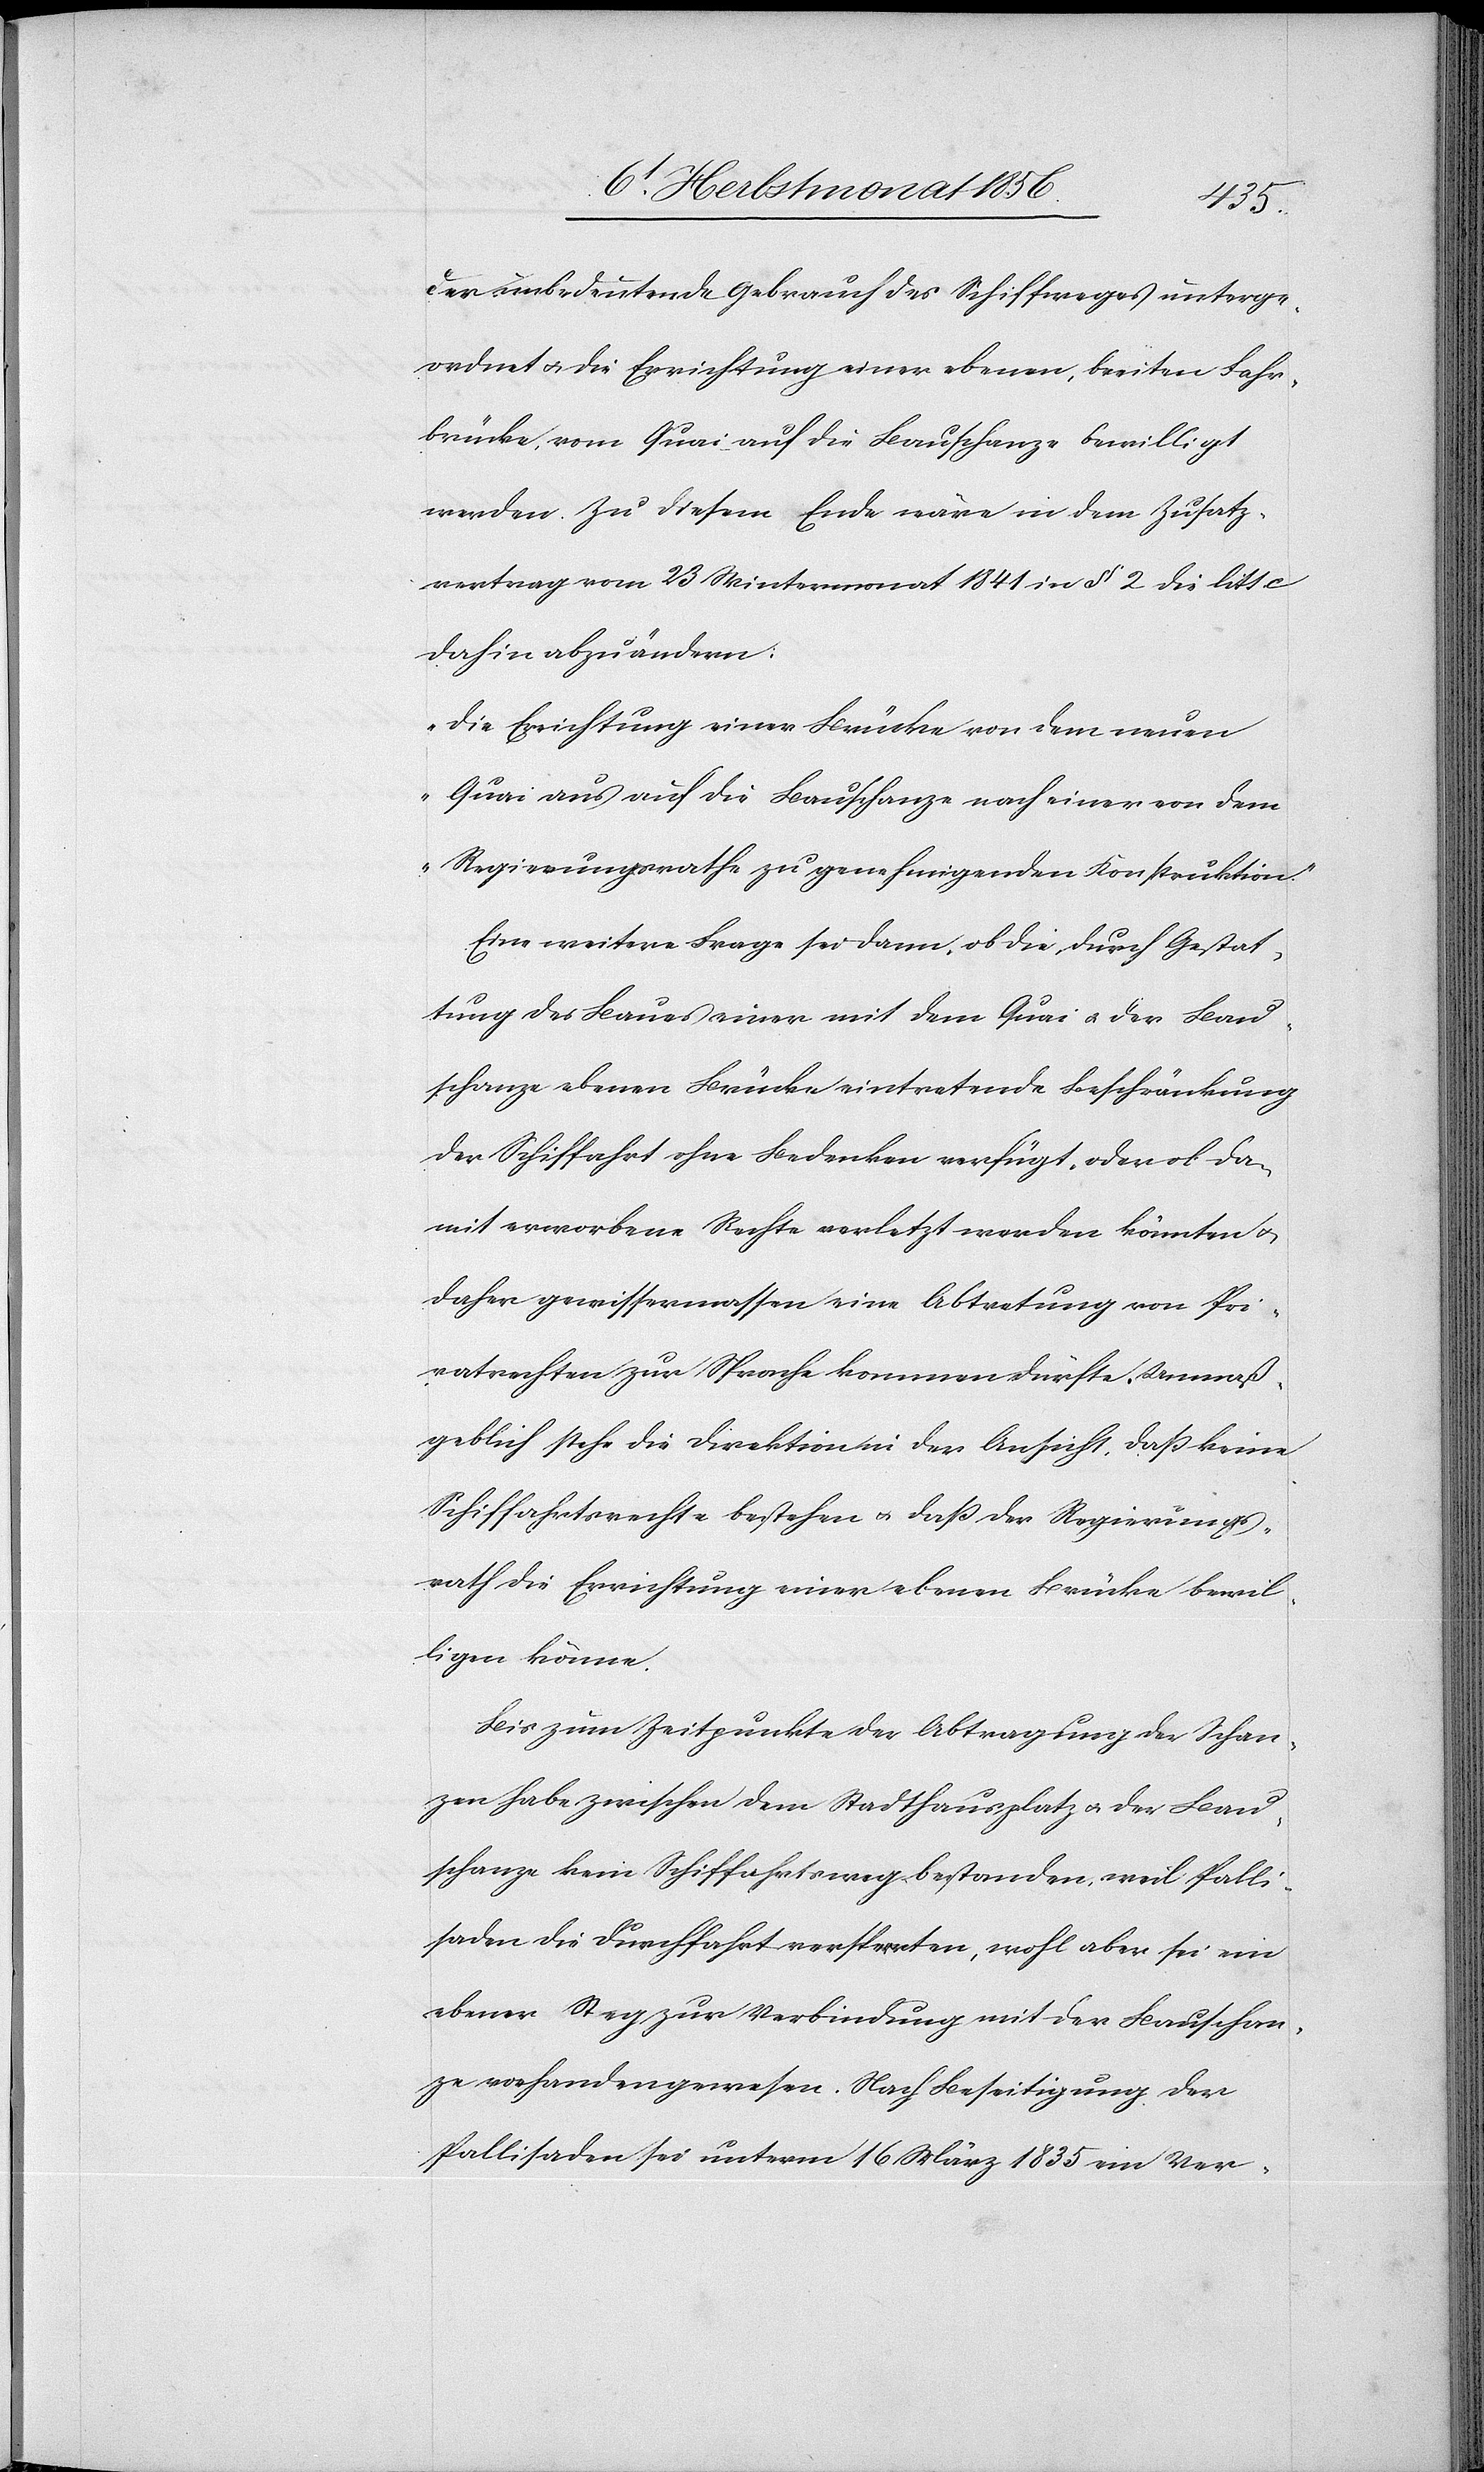
der unbedeutende Gebrauch des Schiffweges unterge¬
ordnet u. die Errichtung einer ebenen, breiten Fahr¬
brücke, vom Quai auf die Bauschanze bewilligt
werden. Zu diesem Ende wäre in dem Zusatz¬
vertrag vom 23 Wintermonat 1841 in § 2 die litt.
dahin abzuändern:
„Die Errichtung einer Brücke von dem neuen
Quai aus auf die Bauschanze nach einer von dem
Regierungsrathe zu genehmigenden Konstruktion.”
Eine weitere Frage sei dann, ob die durch Gestat¬
tung des Baues einer mit dem Quai u. der Bau¬
schanze ebenen Brücke eintretende Beschränkung
der Schiffahrt ohne Bedenken verfügt, oder ob da¬
mit erworbene Rechte verletzt werden könnten u.
daher gewissermassen eine Abtretung von Pri¬
vatrechten zur Sprache kommen dürfte. Unmaß¬
geblich stehe die Direktion der Ansicht, dass keine
Schiffahrtsrechte bestehen u. dass der Regierungs¬
rath die Errichtung einer ebenen Brücke bewil¬
ligen könne.
Bis zum Zeitpunkte der Abtragung der Schan¬
zen habe zwischen dem Stadthausplatz u. der Bau¬
schanze kein Schiffahrtsweg bestanden, weil Palli¬
saden die Durchfahrt versperrten, wohl aber sei ein
ebener Steg zur Verbindung mit der Bauschan¬
ze vorhanden gewesen. Nach Beseitigung der
Pallisaden sei unterm 16 März 1835 ein Ver-